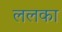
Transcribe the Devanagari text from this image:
ललका